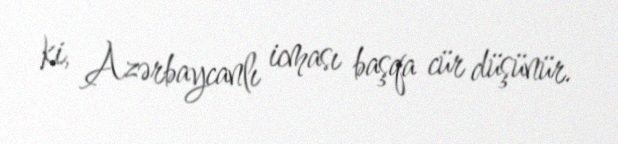
ki, Azərbaycanlı icması başqa cür düşünür.